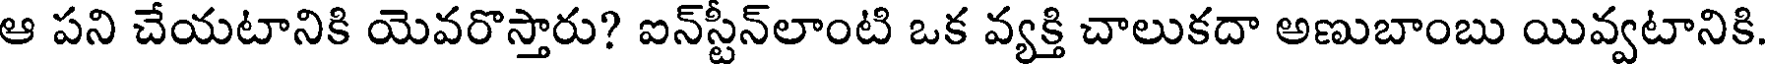
ఆ పని చేయటానికి యెవరొస్తారు? ఐన్స్టీన్లాంటి ఒక వ్యక్తి చాలుకదా అణుబాంబు యివ్వటానికి